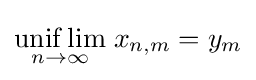
{\underset {n\to \infty }{\mathrm {unif} \lim }}\;x_{n,m}=y_{m}